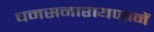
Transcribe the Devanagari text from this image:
चमसनारायणानें